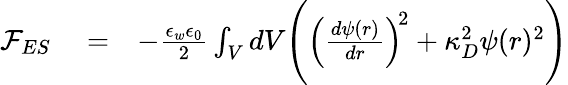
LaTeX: \begin{array}{rlr}{{\mathcal F}_{ES}}&{{}=}&{-\frac{\epsilon_{w}\epsilon_{0}}{2}\int_{V}dV\Bigg(\left(\frac{d\psi(r)}{dr}\right)^{\! 2}+\kappa_{D}^{2}\psi(r)^{2}\Bigg)}\end{array}